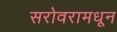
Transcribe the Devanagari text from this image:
सरोवरामधून